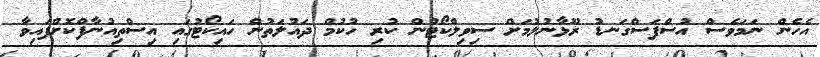
އެހެން ނަމަވެސް އުސްފަސްގަނޑު ރޫޅާނުލުމަށް ސިވިލްކޯޓުން ކުރި ހުކުމް ދައުލަތުން ހައިކޯޓުގައި އިސްތިއުނާފްކޮށްފައިވާ